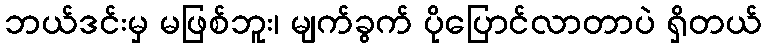
ဘယ်ဒင်းမှ မဖြစ်ဘူး၊ မျက်ခွက် ပိုပြောင်လာတာပဲ ရှိတယ်